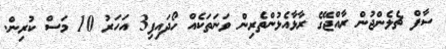
ސާފް ޗެލެންޖުން ރާއްޖޭގެ ރާޅާއެޅުންތެރިން ވަނަތަކެއް ހޯދައިފި3 އަހަރު 10 މަސް ކުރިން.